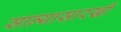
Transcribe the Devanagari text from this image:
सान्यासारखी